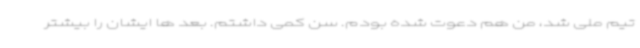
تیم ملی شد، من هم دعوت شده بودم. سن کمی داشتم. بعد ها ایشان را بیشتر